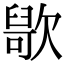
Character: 𣤑